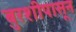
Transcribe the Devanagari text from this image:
बुरशीपासून